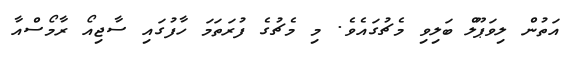
އަތުން ލިވަޕޫލް ބަލިވި މެޗުގައެވެ. މި މެޗުގެ ފުރަތަމަ ހާފުގައި ސާޖިއޯ ރާމޯސްއާ